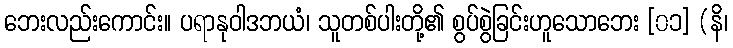
ဘေးလည်းကောင်း။ ပရာနုဝါဒဘယံ၊ သူတစ်ပါးတို့၏ စွပ်စွဲခြင်းဟူသောဘေး [၀၁] (နိ၊